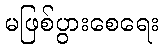
မဖြစ်ပွားစေရေး